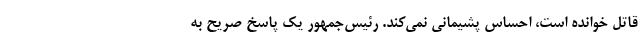
قاتل خوانده است، احساس پشیمانی نمی‌کند. رئیس‌جمهور یک پاسخ صریح به